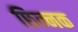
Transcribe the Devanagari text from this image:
छिन्नक